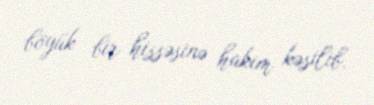
böyük bir hissəsinə hakim kəsilib.